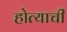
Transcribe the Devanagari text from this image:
होत्याची